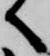
へ